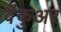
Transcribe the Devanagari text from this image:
वैंकुअर